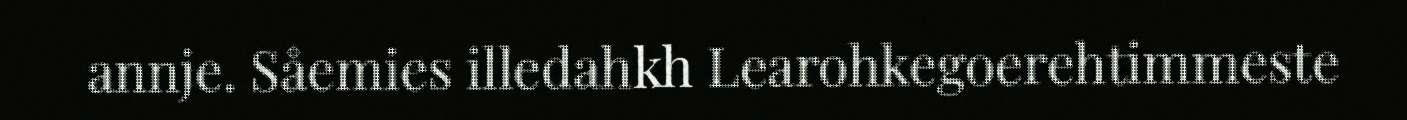
annje. Såemies illedahkh Learohkegoerehtimmeste